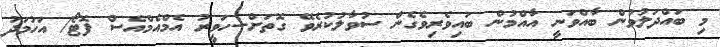
މި ބައްދަލުވުން ބާއްވަނީ އާއްމުން ބައިވެރިވެގެން ސުވާލުކުރެވޭ ގޮތަށް--ހަވީރު އެމްއެމްއެސް ފޮޓޯ/ އަހުމަދު